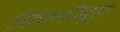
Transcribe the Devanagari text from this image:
शिवाजीपूल